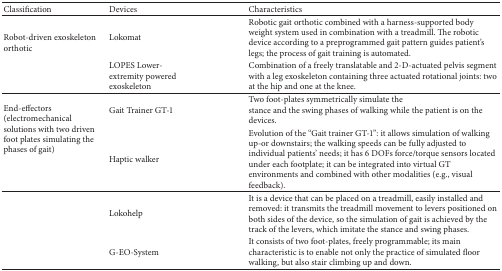
<table><thead><tr><td><b>Classification</b></td><td><b>Devices</b></td><td><b>Characteristics</b></td></tr></thead><tbody><tr><td rowspan="2">Robot-driven exoskeletonorthotic</td><td>Lokomat</td><td>Robotic gait orthotic combined with a harness-supported body weight system used in combination with a treadmill. The robotic device according to a preprogrammed gait pattern guides patient&#x27;s legs; the process of gait training is automated.</td></tr><tr><td>LOPES Lower-extremity poweredexoskeleton</td><td>Combination of a freely translatable and 2-D-actuated pelvis segment with a leg exoskeleton containing three actuated rotational joints: two at the hip and one at the knee.</td></tr><tr><td rowspan="2">End-effectors(electromechanical solutions with two driven foot plates simulating the phases of gait)</td><td>Gait Trainer GT-1</td><td>Two foot-plates symmetrically simulate thestance and the swing phases of walking while the patient is on the devices.</td></tr><tr><td>Haptic walker</td><td>Evolution of the “Gait trainer GT-1”: it allows simulation of walking up-or downstairs; the walking speeds can be fully adjusted to individual patients&#x27; needs; it has 6 DOFs force/torque sensors located under each footplate; it can be integrated into virtual GT environments and combined with other modalities (e.g., visual feedback).</td></tr><tr><td> </td><td>Lokohelp</td><td>It is a device that can be placed on a treadmill, easily installed and removed: it transmits the treadmill movement to levers positioned on both sides of the device, so the simulation of gait is achieved by the track of the levers, which imitate the stance and swing phases.</td></tr><tr><td> </td><td>G-EO-System</td><td>It consists of two foot-plates, freely programmable; its main characteristic is to enable not only the practice of simulated floor walking, but also stair climbing up and down.</td></tr></tbody></table>